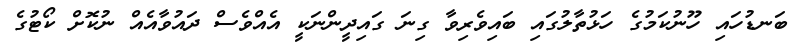
ބަނޑުހައި ހޫނުކަމުގެ ހަޅުތާލުގައި ބައިވެރިވާ ގިނަ ގައިދީންނަކީ އެއްވެސް ދައުވާއެއް ނުކޮށް ކޯޓުގެ